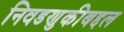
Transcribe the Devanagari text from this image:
निवडणुकीबद्दल